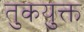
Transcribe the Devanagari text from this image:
तुकयुक्त